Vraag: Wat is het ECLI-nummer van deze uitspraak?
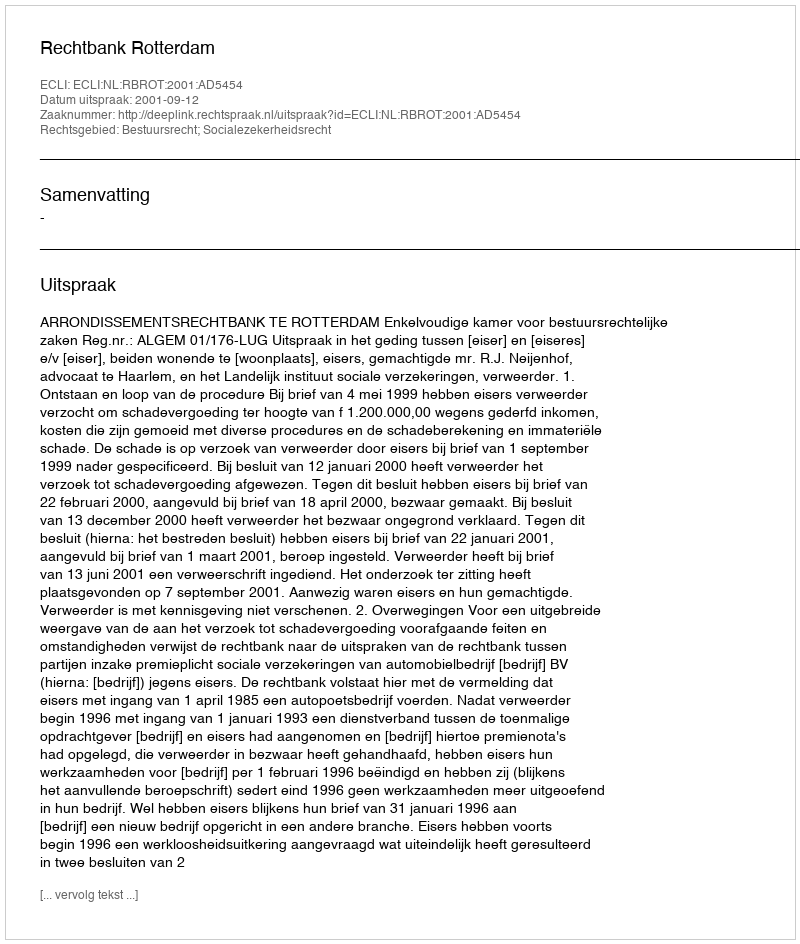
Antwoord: ECLI:NL:RBROT:2001:AD5454